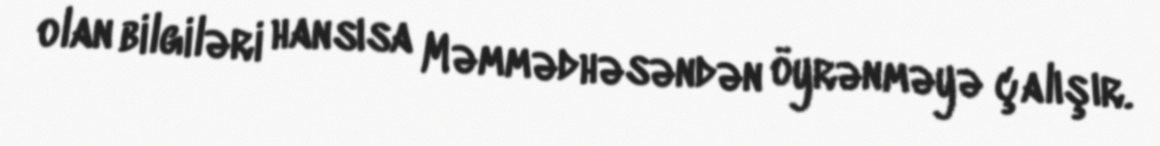
olan bilgiləri hansısa Məmmədhəsəndən öyrənməyə çalışır.